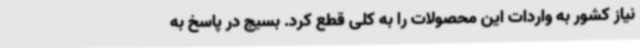
نیاز کشور به واردات این محصولات را به کلی قطع کرد. بسیج در پاسخ به